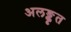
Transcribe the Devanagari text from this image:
अलङ्कृत